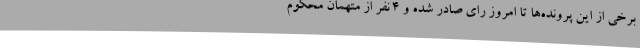
برخی از این پرونده‌ها تا امروز رای صادر شده و 4 نفر از متهمان محکوم